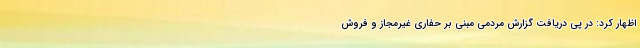
اظهار کرد: در پی دریافت گزارش مردمی مبنی بر حفاری غیرمجاز و فروش